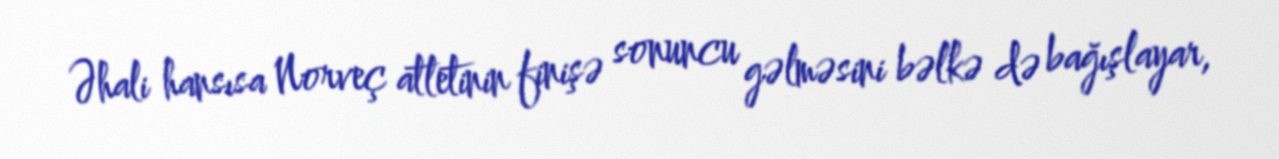
Əhali hansısa Norveç atletinin finişə sonuncu gəlməsini bəlkə də bağışlayar,